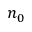
n _ { 0 }